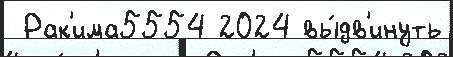
 Рак'има5554 2024 вы́дв'инуть